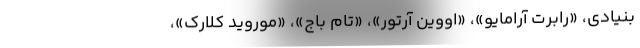
بنیادی، «رابرت آرامایو»، «اووین آرتور»، «تام باج»، «موروید کلارک»،